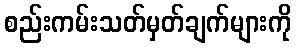
စည်းကမ်းသတ်မှတ်ချက်များကို